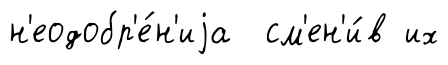
н'еодобр'е́н'иjа см'ен'и́в их